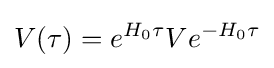
V(\tau )=e^{H_{0}\tau }Ve^{-H_{0}\tau }